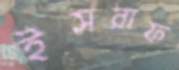
ইসরাফ